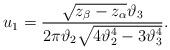
LaTeX: \begin{align*}u_1={\sqrt{z_{\beta}-z_{\alpha}}\vartheta_3\over 2\pi\vartheta_2\sqrt{4\vartheta_2^4-3\vartheta_3^4}}.\end{align*}